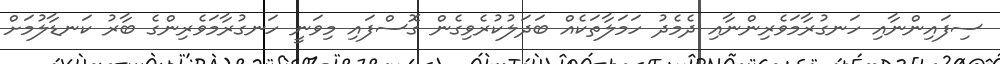
ސިފައިންނާއި ހަނގުރާމަވެރިންނާއި ދެމެދު ހަމަލާތަކެއް ބަދަލުކުރެވިގެން ގޮސްފައި މިވަނީ ހަނގުރާމަވެރިންގެ ބާރު ކަނޑާލުމަށް